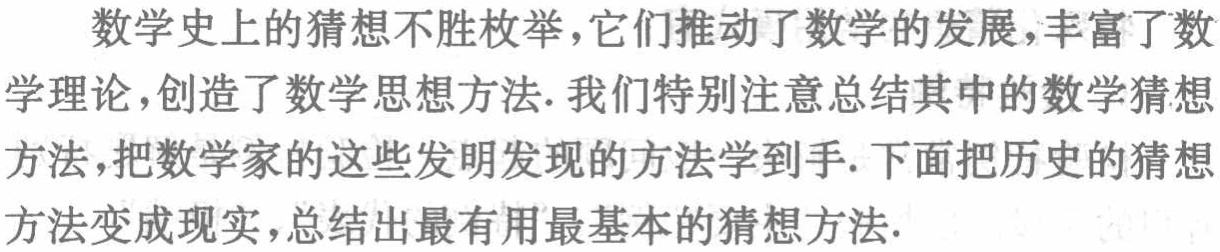
数学史上的猜想不胜枚举，它们推动了数学的发展，丰富了数学理论，创造了数学思想方法. 我们特别注意总结其中的数学猜想方法，把数学家的这些发明发现的方法学到手. 下面把历史的猜想方法变成现实，总结出最有用最基本的猜想方法.